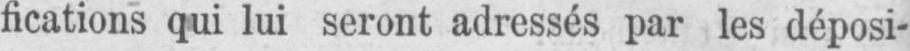
fications qui lui seront adressés par les déposi-